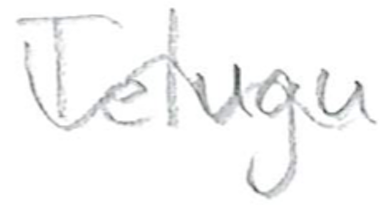
Text: Telugu
Cross-out: mix
Writing tool: pencil